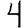
Digit: 4